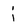
Character: j